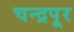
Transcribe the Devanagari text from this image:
चन्द्रपूर